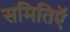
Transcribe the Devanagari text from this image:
समितिऍ